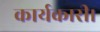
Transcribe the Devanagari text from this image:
कार्यकारी।